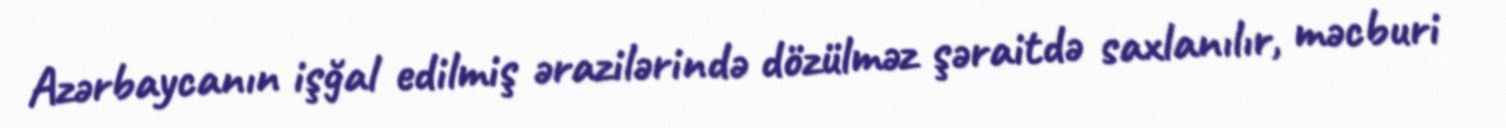
Azərbaycanın işğal edilmiş ərazilərində dözülməz şəraitdə saxlanılır, məcburi